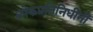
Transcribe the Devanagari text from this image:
लोकप्रतिनिधींनी